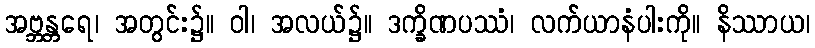
အဗ္ဘန္တရေ၊ အတွင်း၌။ ဝါ၊ အလယ်၌။ ဒက္ခိဏပဿံ၊ လက်ယာနံပါးကို။ နိဿာယ၊